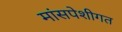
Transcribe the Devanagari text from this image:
मांसपेशीगत